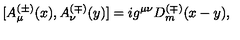
[ A _ { \mu } ^ { ( \pm ) } ( x ) , A _ { \nu } ^ { ( \mp ) } ( y ) ] = i g ^ { \mu \nu } D _ { m } ^ { ( \mp ) } ( x - y ) ,